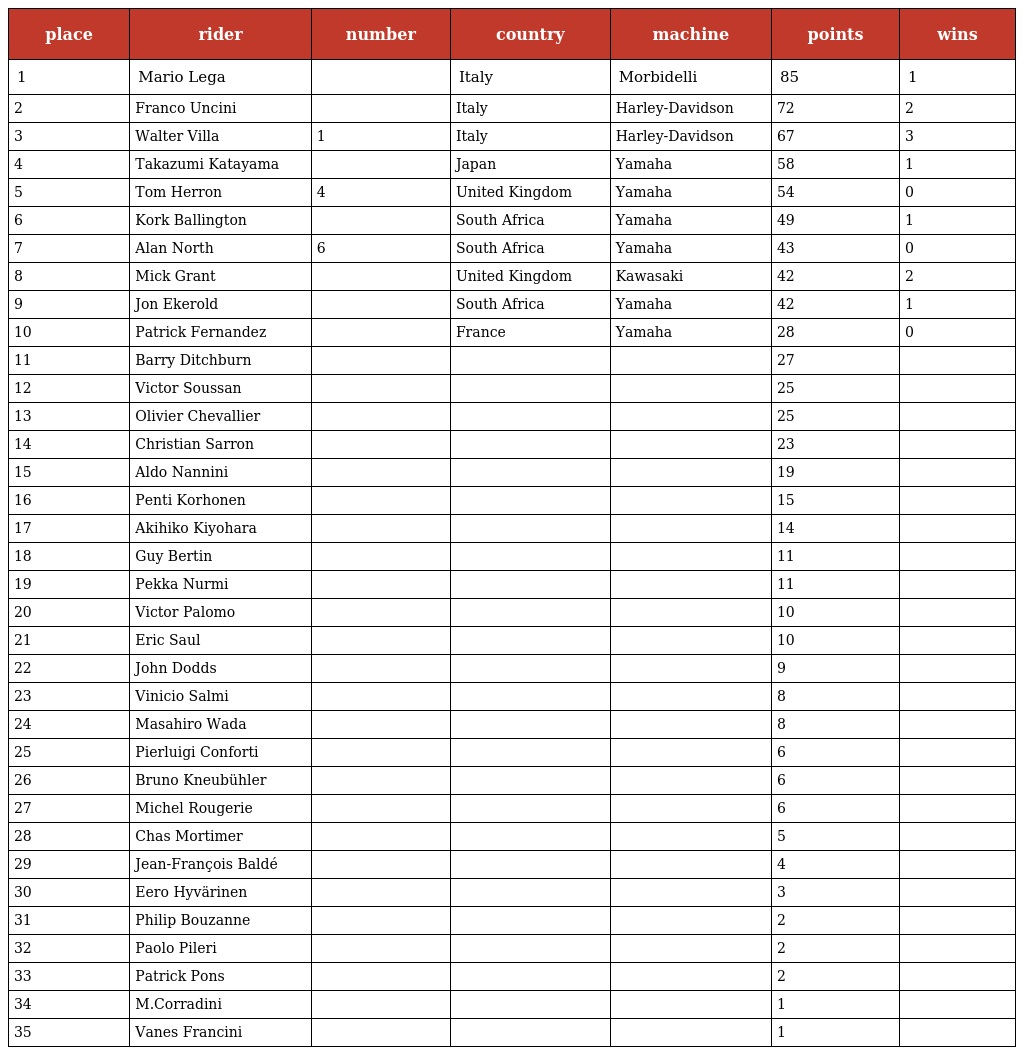
| place | rider | number | country | machine | points | wins |
 | --- | --- | --- | --- | --- | --- | --- |
 | 1 | Mario Lega |  | Italy | Morbidelli | 85 | 1 |
 | 2 | Franco Uncini |  | Italy | Harley-Davidson | 72 | 2 |
 | 3 | Walter Villa | 1 | Italy | Harley-Davidson | 67 | 3 |
 | 4 | Takazumi Katayama |  | Japan | Yamaha | 58 | 1 |
 | 5 | Tom Herron | 4 | United Kingdom | Yamaha | 54 | 0 |
 | 6 | Kork Ballington |  | South Africa | Yamaha | 49 | 1 |
 | 7 | Alan North | 6 | South Africa | Yamaha | 43 | 0 |
 | 8 | Mick Grant |  | United Kingdom | Kawasaki | 42 | 2 |
 | 9 | Jon Ekerold |  | South Africa | Yamaha | 42 | 1 |
 | 10 | Patrick Fernandez |  | France | Yamaha | 28 | 0 |
 | 11 | Barry Ditchburn |  |  |  | 27 |  |
 | 12 | Victor Soussan |  |  |  | 25 |  |
 | 13 | Olivier Chevallier |  |  |  | 25 |  |
 | 14 | Christian Sarron |  |  |  | 23 |  |
 | 15 | Aldo Nannini |  |  |  | 19 |  |
 | 16 | Penti Korhonen |  |  |  | 15 |  |
 | 17 | Akihiko Kiyohara |  |  |  | 14 |  |
 | 18 | Guy Bertin |  |  |  | 11 |  |
 | 19 | Pekka Nurmi |  |  |  | 11 |  |
 | 20 | Victor Palomo |  |  |  | 10 |  |
 | 21 | Eric Saul |  |  |  | 10 |  |
 | 22 | John Dodds |  |  |  | 9 |  |
 | 23 | Vinicio Salmi |  |  |  | 8 |  |
 | 24 | Masahiro Wada |  |  |  | 8 |  |
 | 25 | Pierluigi Conforti |  |  |  | 6 |  |
 | 26 | Bruno Kneubühler |  |  |  | 6 |  |
 | 27 | Michel Rougerie |  |  |  | 6 |  |
 | 28 | Chas Mortimer |  |  |  | 5 |  |
 | 29 | Jean-François Baldé |  |  |  | 4 |  |
 | 30 | Eero Hyvärinen |  |  |  | 3 |  |
 | 31 | Philip Bouzanne |  |  |  | 2 |  |
 | 32 | Paolo Pileri |  |  |  | 2 |  |
 | 33 | Patrick Pons |  |  |  | 2 |  |
 | 34 | M.Corradini |  |  |  | 1 |  |
 | 35 | Vanes Francini |  |  |  | 1 |  |